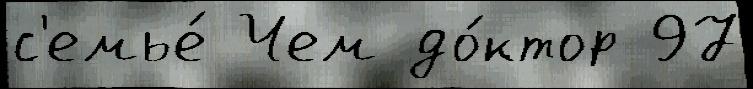
с'емье́ Чем до́ктор 97